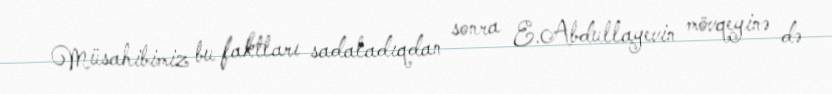
Müsahibimiz bu faktları sadaladıqdan sonra E.Abdullayevin mövqeyinə də